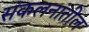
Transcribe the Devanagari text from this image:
संकलनांतील